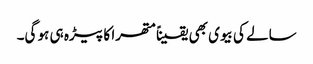
سالے کی بیوی بھی یقیناً متھرا کا پیڑہ ہی ہو گی۔